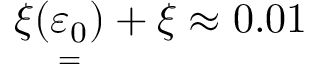
\xi ( \underset { = } { \varepsilon _ { 0 } } ) + \xi \approx 0 . 0 1